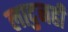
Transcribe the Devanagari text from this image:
लादुनही